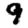
Digit: 9